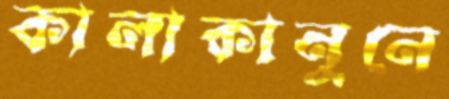
কালাকানুনে